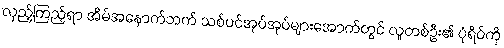
လှည့်ကြည့်ရာ အိမ်အနောက်ဘက် သစ်ပင်အုပ်အုပ်များအောက်တွင် လူတစ်ဦး၏ ပုံရိပ်ကို